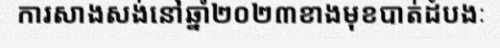
ការសាងសង់នៅឆ្នាំ២០២៣ខាងមុខបាត់ដំបងៈ